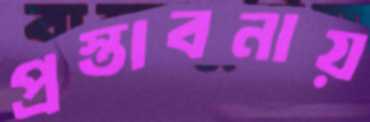
প্রস্তাবনায়